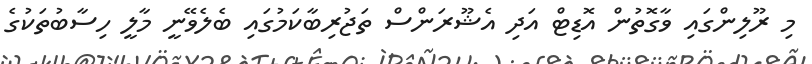
މި ރޫލިންގައި ވާގޮތުން އޮޑިޓް އަދި އެޝޫރަންސް ތަޖުރިބާކަމުގައި ބެލެވޭނީ މާލީ ހިސާބުތަކުގެ